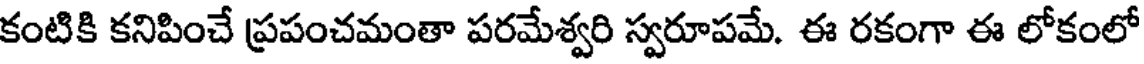
కంటికి కనిపించే ప్రపంచమంతా పరమేశ్వరి స్వరూపమే. ఈ రకంగా ఈ లోకంలో